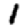
Digit: 1